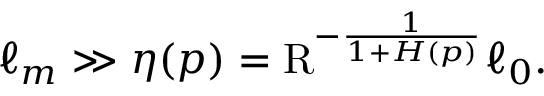
\ell _ { m } \gg \eta ( p ) = \mathrm { R } ^ { - \frac { 1 } { 1 + H ( p ) } } \ell _ { 0 } .